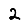
Digit: 2